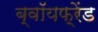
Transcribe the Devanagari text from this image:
ब्वॉयफ़्रेंड